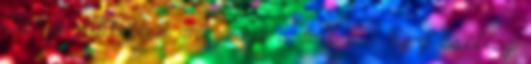
Te zendítetted meg azt a dalt is: "Egy csillag